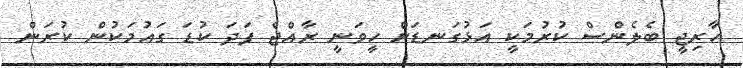
ހާރިޖީ ބެލެންސް ކުރުމަކީ އަޅުގަނޑަށް ހީވަނީ ރާއްޖެ ފަދަ ކުޑަ ގައުމަކުން ކުރަން